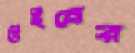
উইনের